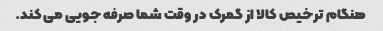
هنگام ترخیص کالا از گمرک در وقت شما صرفه جویی می کند.